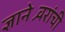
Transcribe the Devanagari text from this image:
ज्ञानेश्र्वरांची